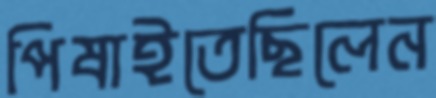
পিষাইতেছিলেন